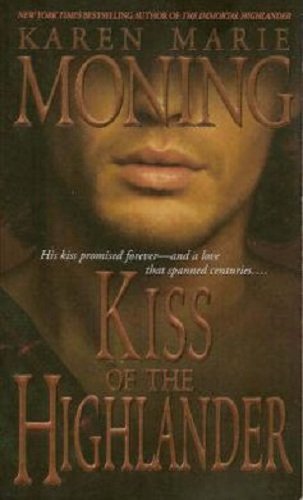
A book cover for Kiss of the Highlander (The Highlander Series, Book 4); Karen Marie Moning; Romance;